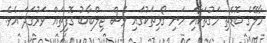
މާލޭގެ ބޮޑެތި މަގުތަކާއި ހަނި ގޯޅިތަކުގައި ވެސް ޖިލްބާބު ގޮފިތައް ވަރުގަދަ އެވެ.